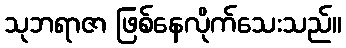
သုဘရာဇာ ဖြစ်နေလိုက်သေးသည်။